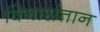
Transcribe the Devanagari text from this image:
विनासंतान